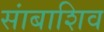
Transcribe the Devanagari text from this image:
सांबाशिव